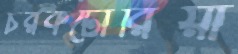
চরকটোরিয়া